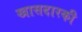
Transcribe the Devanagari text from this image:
खासदारकी